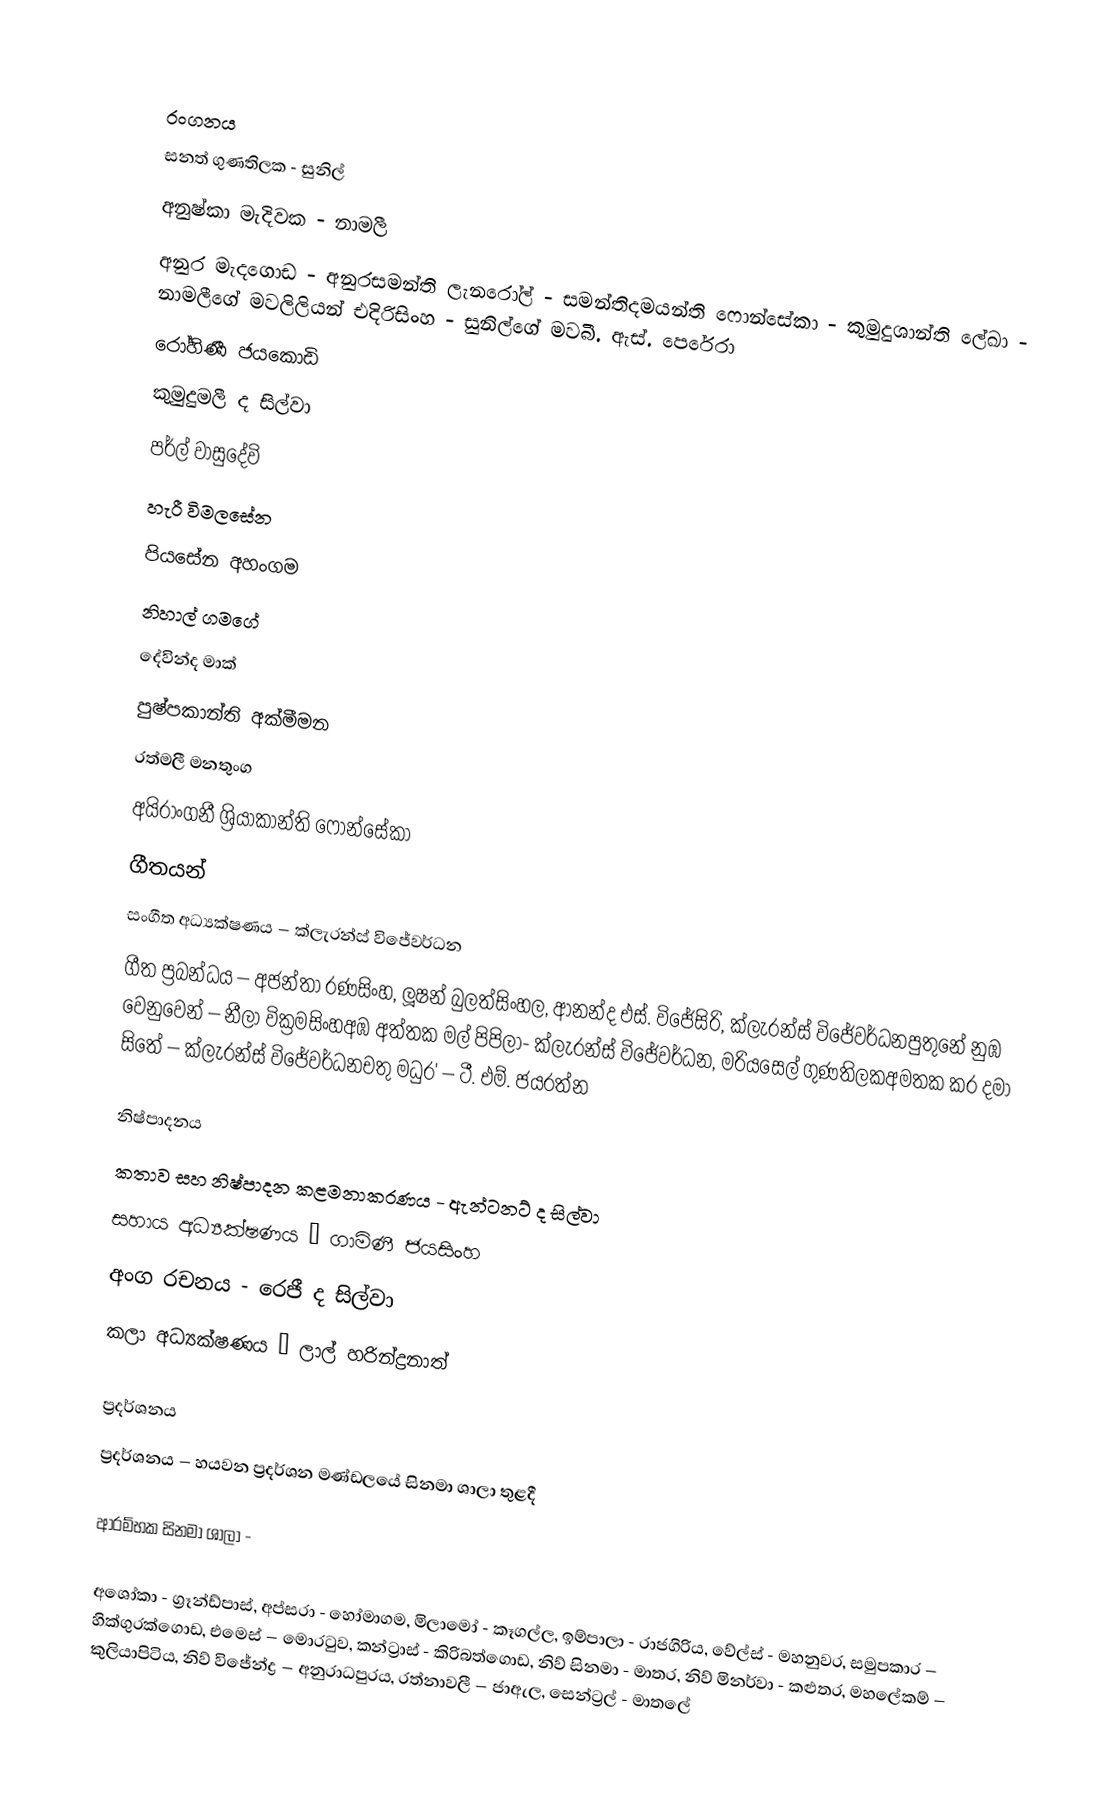

රංගනය
සනත් ගුණතිලක - සුනිල්
අනුෂ්කා මැදිවක - නාමලී
අනුර මැදගොඩ - අනුරසමන්ති ලැනරෝල් - සමන්තිදමයන්ති ෆොන්සේකා - කුමුදුශාන්ති ලේඛා - නාමලීගේ මවලිලියන් එදිරිසිංහ - සුනිල්ගේ මවබී. ඇස්. පෙරේරා
රෝහිණී ජයකොඩි
කුමුදුමලී ද සිල්වා
පර්ල් වාසුදේවි
හැරී විමලසේන
පියසේන අහංගම
නිහාල් ගමගේ
දේවින්ද මාක්
පුෂ්පකාන්ති අක්මීමන
රත්මලී මනතුංග
අයිරාංගනී ශ්‍රියාකාන්ති ෆොන්සේකා
ගීතයන්
සංගීත අධ්‍යක්ෂණය – ක්ලැරන්ස් විජේවර්ධන
ගීත ප්‍රබන්ධය – අජන්තා රණසිංහ, ලූෂන් බුලත්සිංහල, ආනන්ද එස්. විජේසිරි, ක්ලැරන්ස් විජේවර්ධනපුතුනේ නුඹ වෙනුවෙන් – නීලා වික්‍රමසිංහඅඹ අත්තක මල් පිපිලා- ක්ලැරන්ස් විජේවර්ධන, මරියසෙල් ගුණතිලකඅමතක කර දමා සිතේ – ක්ලැරන්ස් විජේවර්ධනචතු මධුර' – ටී. එම්. ජයරත්න

නිෂ්පාදනය
කතාව සහ නිෂ්පාදන කළමනාකරණය - ඇන්ටනට් ද සිල්වා
සහාය අධ්‍යක්ෂණය – ගාමිණී ජයසිංහ
අංග රචනය - රෙජී ද සිල්වා
කලා අධ්‍යක්ෂණය – ලාල් හරින්ද්‍රනාත්

ප්‍රදර්ශනය
ප්‍රදර්ශනය – හයවන ප්‍රදර්ශන මණ්ඩලයේ සිනමා ශාලා තුළදී

ආරම්භක සිනමා ශාලා -

අශෝකා - ග්‍රෑන්ඩ්පාස්, අප්සරා - හෝමාගම, මිලාමෝ - කෑගල්ල, ඉම්පාලා - රාජගිරිය, වේල්ස් - මහනුවර, සමුපකාර – හික්ගුරක්ගොඩ, එමෙස් – මොරටුව, කන්ට්‍රාස් - කිරිබත්ගොඩ, නිව් සිනමා - මාතර, නිව් මිනර්වා - කළුතර, මහලේකම් – කුලියාපිටිය, නිව් විජේන්ද්‍ර – අනුරාධපුරය, රත්නාවලී – ජාඇල, සෙන්ට්‍රල් - මාතලේ